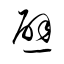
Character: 避